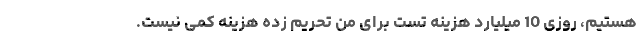
هستیم، روزی 10 میلیارد هزینه تست برای من تحریم زده هزینه کمی نیست.